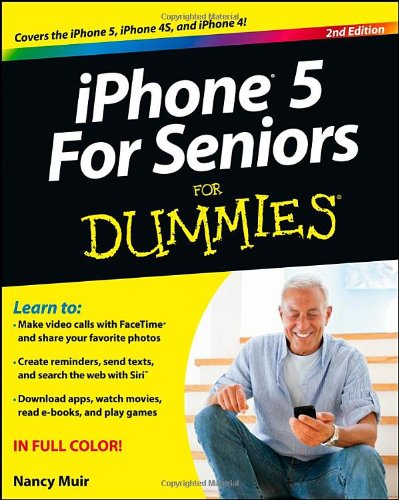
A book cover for iPhone 5 For Seniors For Dummies; Nancy C. Muir; Computers & Technology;